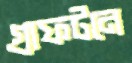
গ্রাফটনে